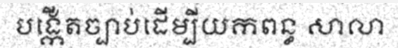
បង្កើតច្បាប់ដើម្បីយកពន្ធ សាលា